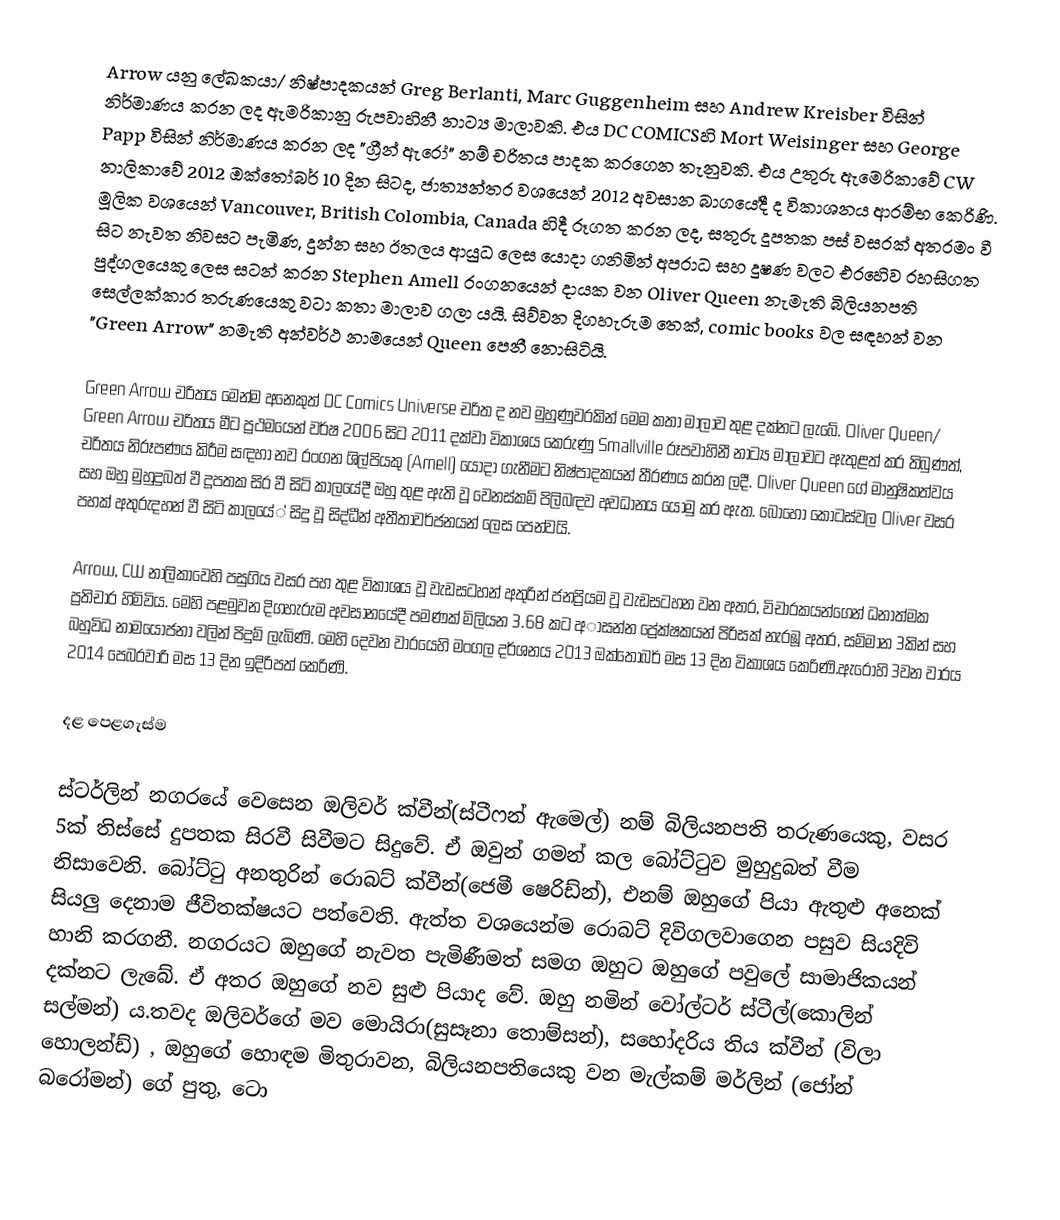
Arrow යනු ලේඛකයා/ නිෂ්පාදකයන් Greg Berlanti, Marc Guggenheim සහ Andrew Kreisber විසින් නිර්මාණය කරන ලද ඇමරිකානු රුපවාහිනී නාට්‍ය මාලාවකි. එය DC COMICSහි Mort Weisinger සහ George Papp විසින් නිර්මාණය කරන ලද "ග්‍රීන් ඇරෝ" නම් චරිතය පාදක කරගෙන තැනුවකි. එය උතුරු ඇමෙරිකාවේ CW නාලිකාවේ 2012 ඔක්තෝබර් 10 දින සිටද, ජාත්‍යන්තර වශයෙන් 2012 අවසාන බාගය‍ේදී ද විකාශනය ආරම්භ කෙරිණි. මූලික වශයෙන් Vancouver, British Colombia, Canada හිදී රූගත කරන ලද, සතුරු දූපතක පස් වසරක් අතරමං වී සිට නැවත නිවසට පැමිණ, දුන්න සහ ඊතලය ආයුධ ලෙස ය‍ොදා ගනිමින් අපරාධ සහ දූෂණ වලට එරහෙිව රහසිගත පුද්ගලයෙකු ලෙස සටන් කරන Stephen Amell රංගනයෙන් දායක වන Oliver Queen නැමැති බිලියනපති සෙල්ලක්කාර තරුණයෙකු වටා කතා මාලාව ගලා යයි. සිව්වන දිගහැරුම ත‍ෙක්, comic books වල සඳහන් වන "Green Arrow" නමැති අන්වර්ථ නාමයෙන් Queen ප‍ෙනී න‍ොසිටියි.

Green Arrow චරිතය ම‍ෙන්ම අන‍ෙකුත් DC Comics Universe චරිත ද නව මුහුණුවරකින් මෙම කතා මාලාව තුළ දක්නට ලැබේ. Oliver Queen/ Green  Arrow චරිතය මීට ප්‍රථමයෙන් වර්ෂ 2006 සිට 2011 දක්වා විකාශය කෙරුණු Smallville රූපවාහිනී නාට්‍ය මාලාවට ඇතුළත් කර තිබුණත්, චරිතය නිරූපණය කිරීම සඳහා නව රංගන ශිල්පියකු (Amell) යොදා ගැනීමට නිෂ්පාදකයන් තීරණය කරන ලදී. Oliver Queen ගේ මානුෂිකත්වය සහ ඔහු මුහුදුබත් වී දූපතක සිර වී සිටි කාලයේදී ඔහු තුළ ඇති වූ වෙනස්කම් පිලිබඳව අවධානය යොමු කර ඇත. බොහෝ කොටස්වල Oliver වසර පහක් අතුරුදහන් වී සිටි කාලයේ් සිදු වූ සිද්ධීන් අතීතාවර්ජනයන් ලෙස පෙන්වයි.

Arrow, CW නාලිකාවෙහි පසුගිය වසර පහ තුළ විකාශය වූ වැඩසටහන් අතුරින් ජනප්‍රියම වූ වැඩසටහන වන අතර, විචාරකයන්ගෙන් ධනාත්මක ප්‍රතිචාර හිමිවිය. මෙහි පළමුවන දිගහැරුම අවසානයේදී පමණක් මිලියන 3.68 කට අාසන්න ප්‍රේක්ෂකයන් පිරිසක් නැරඹූ අතර, සම්මාන 3කින් සහ බහුවිධ නාමයෝජනා වලින් පිදුම් ලැබිණි. මෙහි දෙවන වාරයෙහි මංගල දර්ශනය 2013 ඔක්තෝබර් මස 13 දින විකාශය කෙරිණි.ඇරෝහි 3වන වාරය 2014 පෙබරවාරි මස 13 දින ඉදිරිපත් කෙරිණි.

දළ පෙළගැස්ම

ස්ටර්ලින් නගරයේ වෙසෙන ඔලිවර් ක්වීන්(ස්ටීෆන් ඇමෙල්) නම් බිලියනපති තරුණයෙකු, වසර 5ක් තිස්සේ දුපතක සිරවී සිවීමට සිදුවේ. ඒ ඔවුන් ගමන් කල බෝට්ටුව මුහුදුබත් වීම නිසාවෙනි. බෝට්ටු අනතුරින් රොබට් ක්වීන්(ජෙමී ෂෙරිඩ්න්), එනම් ඔහුගේ පියා ඇතුළු අනෙක් සියලු දෙනාම ජීවිතක්ෂයට පත්ව‍ෙති. ඇත්ත වශයෙන්ම රොබට් දිවිගලවාගෙන පසුව සියදිවි හානි කරගනී.  නගරයට ඔහුගේ නැවත පැමිණීමත් සමග ඔහුට ඔහුගේ පවුලේ සාමාජිකයන් දක්නට ලැබේ. ඒ අතර ඔහුගේ නව සුළු පියාද වේ. ඔහු නමින් වෝල්ටර් ස්ටීල්(කොලින් සල්මන්) ය.තවද ඔලිවර්ගේ මව ම‍ොයිරා(සුසෑනා තොම්සන්), සහෝදරිය තිය ක්වීන් (විලා හොලන්ඩ්) , ඔහුගේ හොඳම මිතුරාවන, බිලියනපතියෙකු වන මැල්කම් මර්ලින් (ජෝන් බරෝමන්) ගේ පුතු, ටො